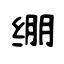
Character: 绷